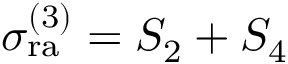
\sigma _ { \mathrm { r a } } ^ { ( 3 ) } = S _ { 2 } + S _ { 4 }